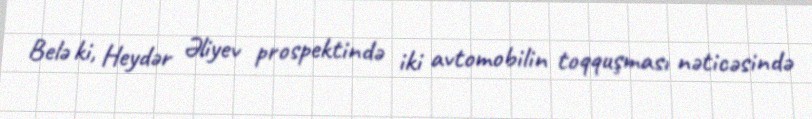
Belə ki, Heydər Əliyev prospektində iki avtomobilin toqquşması nəticəsində